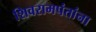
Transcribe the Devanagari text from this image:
शिवरामपंतांना